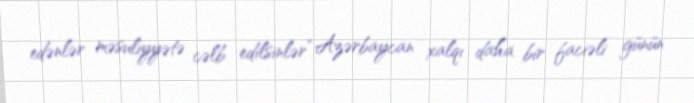
edənlər məsuliyyətə cəlb edilsinlər” Azərbaycan xalqı daha bir faciəli günün